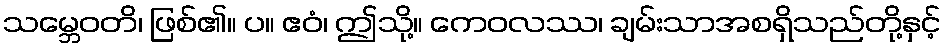
သမ္ဘေဝတိ၊ ဖြစ်၏။ ပ။ ဧဝံ၊ ဤသို့။ ကေဝလဿ၊ ချမ်းသာအစရှိသည်တို့နှင့်